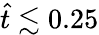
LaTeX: \hat{t}\lesssim 0.25